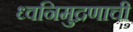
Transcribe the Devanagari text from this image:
ध्वनिमुद्रणाची